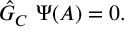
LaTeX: { \hat { \cal G } } _ { C } \ \Psi ( A ) = 0 .